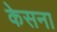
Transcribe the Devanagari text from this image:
केसना